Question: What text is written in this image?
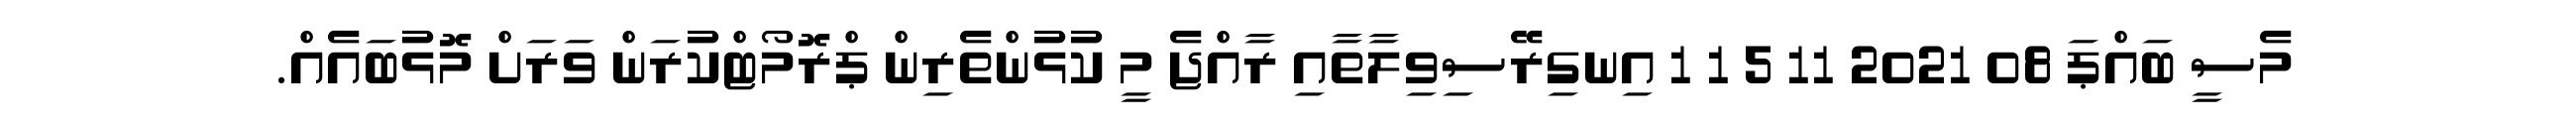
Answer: މެސީ ބައްޕަ 08 2021 11 5 1 1 އިނގިރޭސިވިލާތާއި ރާއްޖެ މީ ކުޅުންތެރިން ޕްރޮމޯޓްކުރަން ވަރަށް މޮޅުބައެއް.